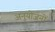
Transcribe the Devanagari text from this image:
अनुयोजनों